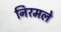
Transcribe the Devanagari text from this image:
निरमले